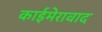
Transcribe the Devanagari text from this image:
काईमेरावाद